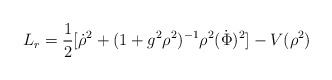
\begin{align*}L_r = \frac{1}{2}[\dot \rho^2 + (1+g^2\rho^2)^{-1}\rho^2(\dot \Phi)^2]- V(\rho^2) \end{align*}